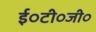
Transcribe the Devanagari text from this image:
ई०टी०जी०